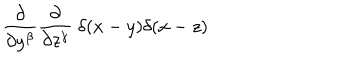
LaTeX: { \frac { \partial } { \partial y ^ { \beta } } } { \frac { \partial } { \partial z ^ { \gamma } } } \ \delta ( x - y ) \delta ( x - z )